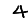
Digit: 4